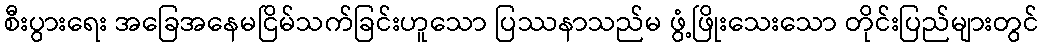
စီးပွားရေး အခြေအနေမငြိမ်သက်ခြင်းဟူသော ပြဿနာသည်မ ဖွံ့ဖြိုးသေးသော တိုင်းပြည်များတွင်